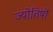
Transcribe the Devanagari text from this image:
ज्योतिषों